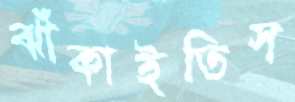
ঝাঁকাইতিস